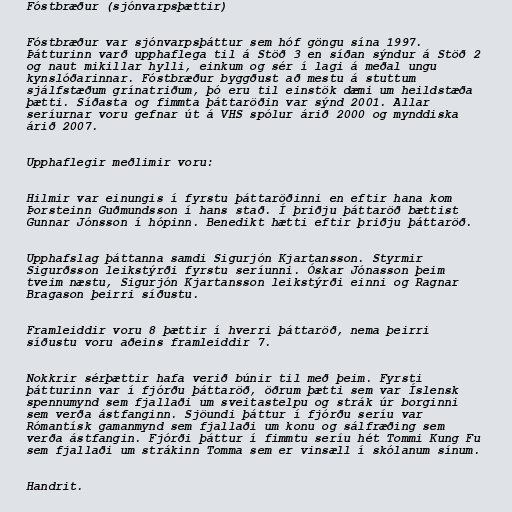
Fóstbræður (sjónvarpsþættir)

Fóstbræður var sjónvarpsþáttur sem hóf göngu sína 1997.
Þátturinn varð upphaflega til á Stöð 3 en síðan sýndur á Stöð 2
og naut mikillar hylli, einkum og sér í lagi á meðal ungu
kynslóðarinnar. Fóstbræður byggðust að mestu á stuttum
sjálfstæðum grínatriðum, þó eru til einstök dæmi um heildstæða
þætti. Síðasta og fimmta þáttaröðin var sýnd 2001. Allar
seríurnar voru gefnar út á VHS spólur árið 2000 og mynddiska
árið 2007.

Upphaflegir meðlimir voru:

Hilmir var einungis í fyrstu þáttaröðinni en eftir hana kom
Þorsteinn Guðmundsson í hans stað. Í þriðju þáttaröð bættist
Gunnar Jónsson í hópinn. Benedikt hætti eftir þriðju þáttaröð.

Upphafslag þáttanna samdi Sigurjón Kjartansson. Styrmir
Sigurðsson leikstýrði fyrstu seríunni. Óskar Jónasson þeim
tveim næstu, Sigurjón Kjartansson leikstýrði einni og Ragnar
Bragason þeirri síðustu.

Framleiddir voru 8 þættir í hverri þáttaröð, nema þeirri
síðustu voru aðeins framleiddir 7.

Nokkrir sérþættir hafa verið búnir til með þeim. Fyrsti
þátturinn var í fjórðu þáttaröð, öðrum þætti sem var Íslensk
spennumynd sem fjallaði um sveitastelpu og strák úr borginni
sem verða ástfanginn. Sjöundi þáttur í fjórðu seríu var
Rómantísk gamanmynd sem fjallaði um konu og sálfræðing sem
verða ástfangin. Fjórði þáttur í fimmtu seríu hét Tommi Kung Fu
sem fjallaði um strákinn Tomma sem er vinsæll í skólanum sínum.

Handrit.